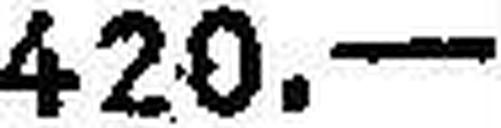
420.—